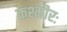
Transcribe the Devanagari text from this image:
कश्मीरः